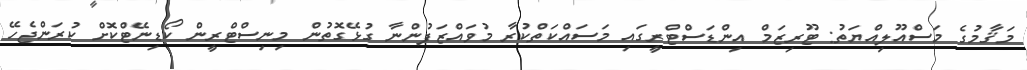
މަޤާމުގެ މަސްއޫލިއްޔަތު: ޓޫރިޒަމް އިންޑަސްޓްރީގައި މަސައްކަތްކުރާ މުވައްޒަފުންނާ ގުޅޭގޮތުން މިނިސްޓްރީން ކޯޑިނޭޓްކޮށް ކުރަންޖެހޭ